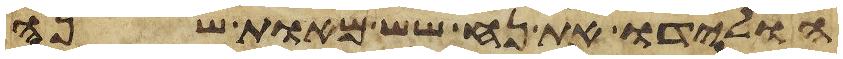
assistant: הולידו את נח שש מאות שנה